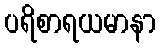
ပရိစာရယမာနာ